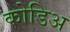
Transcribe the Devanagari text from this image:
कोडिअ